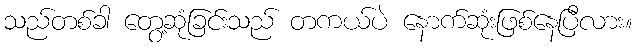
သည်တစ်ခါ တွေ့ဆုံခြင်းသည် တကယ်ပဲ နောက်ဆုံးဖြစ်နေပြီလား။